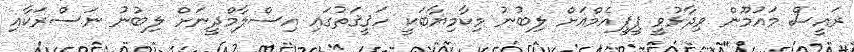
ރައީސް މައުމޫން ވިދާޅުވީ ޕީޕީއެމްއަށް ލިބުނު މިކާމިޔާބަކީ ހަޤީޤަތުގައި އިސްލާމްދީނަށް ލިބުނު ނަސްރަކާއި